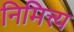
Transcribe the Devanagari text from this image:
निमित्त्य